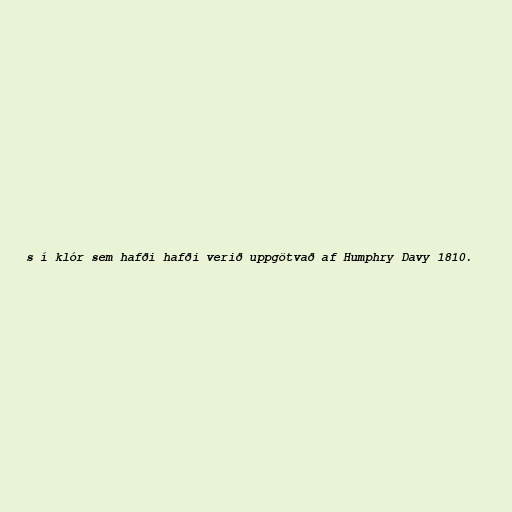
s í klór sem hafði hafði verið uppgötvað af Humphry Davy 1810.